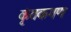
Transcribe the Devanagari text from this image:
कृंतकगण